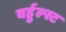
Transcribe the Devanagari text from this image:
वर्हुल्स्ट